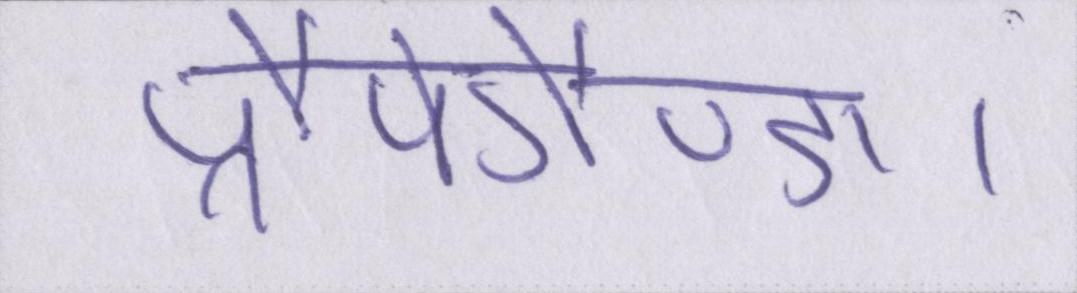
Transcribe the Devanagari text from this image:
प्रौपेगैण्डा।